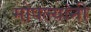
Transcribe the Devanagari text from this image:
मोपल्यांनी